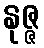
နုဇ္ဇ